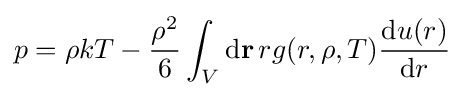
p=\rho kT-{\frac {\rho ^{2}}{6}}\int _{V}\mathrm {d} \mathbf {r} \,rg(r,\rho ,T){\frac {\mathrm {d} u(r)}{\mathrm {d} r}}